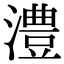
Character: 澧